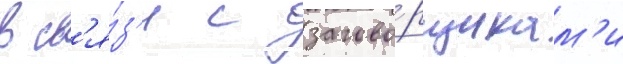
в св'я́з'и с загово́рщикам'и